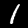
Digit: 1